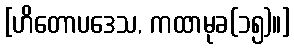
[ဟိတောပဒေသ, ကထာမုခ(၁၅)။]